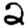
Digit: 2